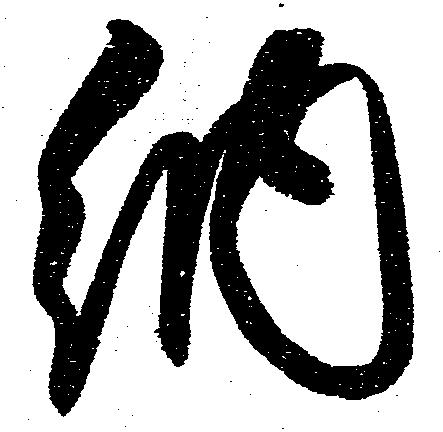
納